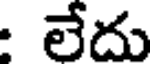
: లేదు